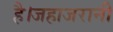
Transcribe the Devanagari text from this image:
है।जहाजरानी